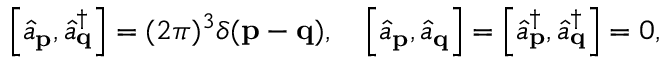
\left[ { \hat { a } } _ { \mathbf { p } } , { \hat { a } } _ { \mathbf { q } } ^ { \dagger } \right] = ( 2 \pi ) ^ { 3 } \delta ( \mathbf { p } - \mathbf { q } ) , \quad \left[ { \hat { a } } _ { \mathbf { p } } , { \hat { a } } _ { \mathbf { q } } \right] = \left[ { \hat { a } } _ { \mathbf { p } } ^ { \dagger } , { \hat { a } } _ { \mathbf { q } } ^ { \dagger } \right] = 0 ,